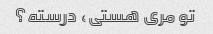
تو مری هستی، درسته؟